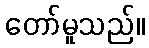
တော်မူသည်။